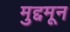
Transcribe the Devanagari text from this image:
मुद्दमून